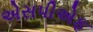
એસપીએફ